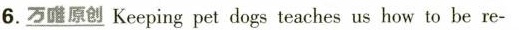
6. \underline{万唯原创} Keeping pet dogs teaches us how to be re-